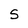
Character: S